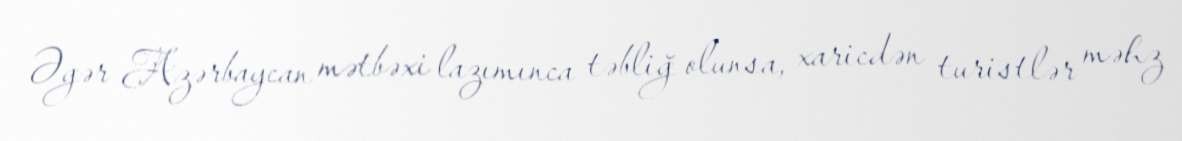
Əgər Azərbaycan mətbəxi lazımınca təbliğ olunsa, xaricdən turistlər məhz